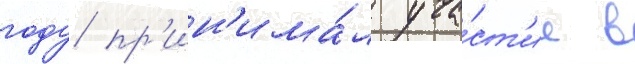
году пр'ин'има́л уча́ст'ие в